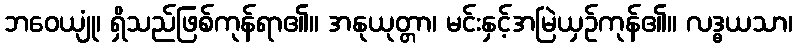
ဘဝေယျုံ၊ ရှိသည်ဖြစ်ကုန်ရာ၏။ အနုယုတ္တာ၊ မင်းနှင့်အမြဲယှဉ်ကုန်၏။ လဒ္ဓယသာ၊